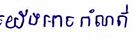
យើងអាចកំណត់